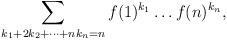
LaTeX: \begin{align*} \sum_{k_1+2k_2+\cdots+nk_n=n}f(1)^{k_1}\dots f(n)^{k_n},\end{align*}